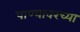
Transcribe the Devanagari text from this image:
पाण्यावरच्या